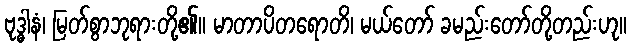
ဗုဒ္ဓါနံ၊ မြတ်စွာဘုရားတို့၏။ မာတာပိတရောတိ၊ မယ်တော် ခမည်းတော်တို့တည်းဟု။